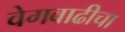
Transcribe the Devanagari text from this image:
वेगवाढीचा